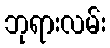
ဘုရားလမ်း